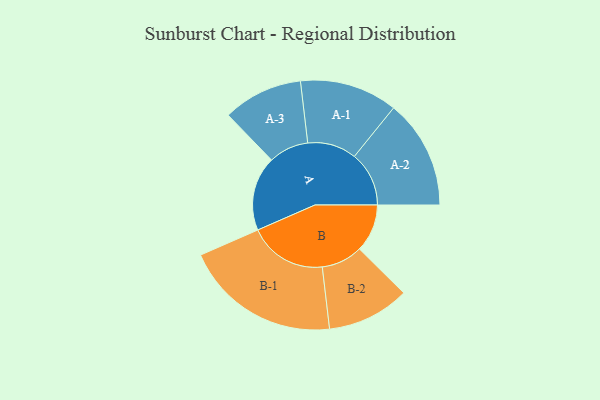
{"axis": {"x": "Segment", "y": "Value"}, "legend": ["", "A", "B"], "data": [{"x": "A", "y": 274, "type": ""}, {"x": "B", "y": 176, "type": ""}, {"x": "A-1", "y": 180, "type": "A"}, {"x": "A-2", "y": 201, "type": "A"}, {"x": "A-3", "y": 147, "type": "A"}, {"x": "B-1", "y": 288, "type": "B"}, {"x": "B-2", "y": 152, "type": "B"}]}